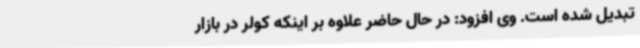
تبدیل شده است. وی افزود: در حال حاضر علاوه بر اینکه کولر در بازار